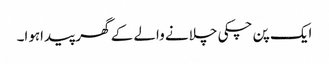
ایک پن چکی چلانے والے کے گھر پیداہوا۔